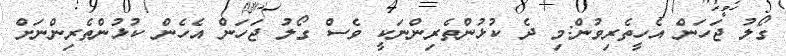
ގޯލު ޖަހަން އެހީތެރިވުން:މި ދެ ކުޅުންތެރިންނަކީ ވެސް ގޯލު ޖަހަން އެހެން ކުޅުންތެރިންނަށް